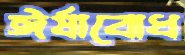
ঈর্ষাবোধ